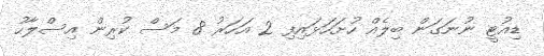
ޑިއުޓީ ނުނަގަން ބިލެއް ހުށަހަޅައިފި 2 އަހަރު 8 މަސް ކުރިން އިސްލާހު